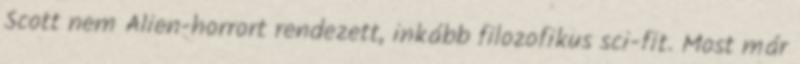
Scott nem Alien-horrort rendezett, inkább filozofikus sci-fit. Most már